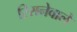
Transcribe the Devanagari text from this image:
रिसनेवाले